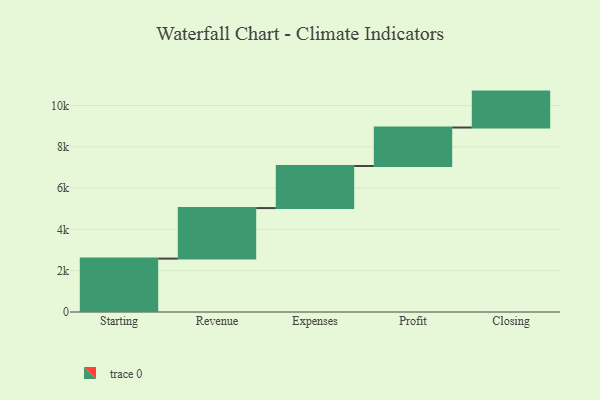
{"axis": {"x": "Step", "y": "Value"}, "legend": [""], "data": [{"x": "Starting", "y": 2586.0, "type": ""}, {"x": "Revenue", "y": 2448.0, "type": ""}, {"x": "Expenses", "y": 2039.0, "type": ""}, {"x": "Profit", "y": 1863.0, "type": ""}, {"x": "Closing", "y": 1740.0, "type": ""}]}